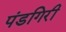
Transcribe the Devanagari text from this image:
पंडगिरी